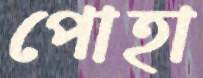
পোহা